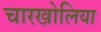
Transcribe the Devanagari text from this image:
चारखोलिया